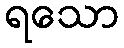
ရသော